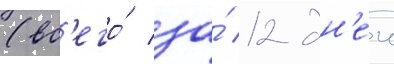
(вс'его́ за́ 12 дн'еи